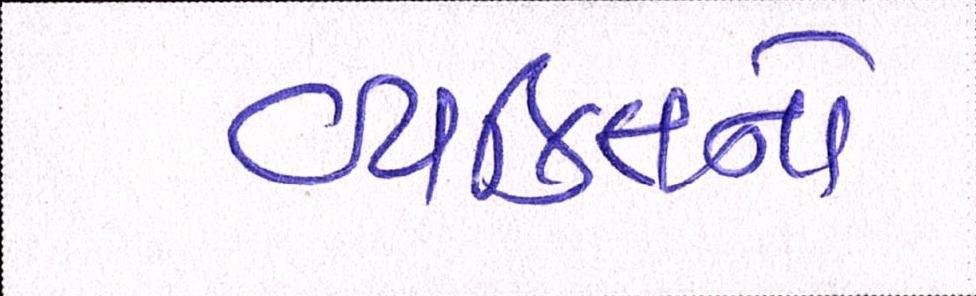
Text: વ્યક્તિનો